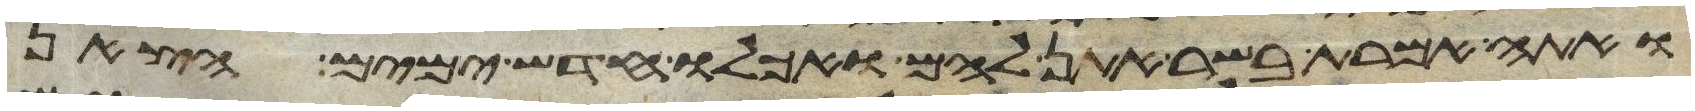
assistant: ואתה אמרת בשר אתן להם ואכלו חדש ימים הצאן